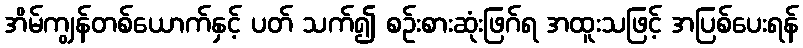
အိမ်ကျွန်တစ်ယောက်နှင့် ပတ် သက်၍ စဉ်းစားဆုံးဖြဂ်ရ အထူးသဖြင့် အပြစ်ပေးရန်